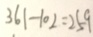
3 6 1 - 1 0 2 = 2 5 9